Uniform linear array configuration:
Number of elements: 12
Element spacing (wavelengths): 0.75
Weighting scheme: hann
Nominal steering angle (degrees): -15
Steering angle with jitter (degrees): -16.489
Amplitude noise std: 0.05
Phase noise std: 0.05

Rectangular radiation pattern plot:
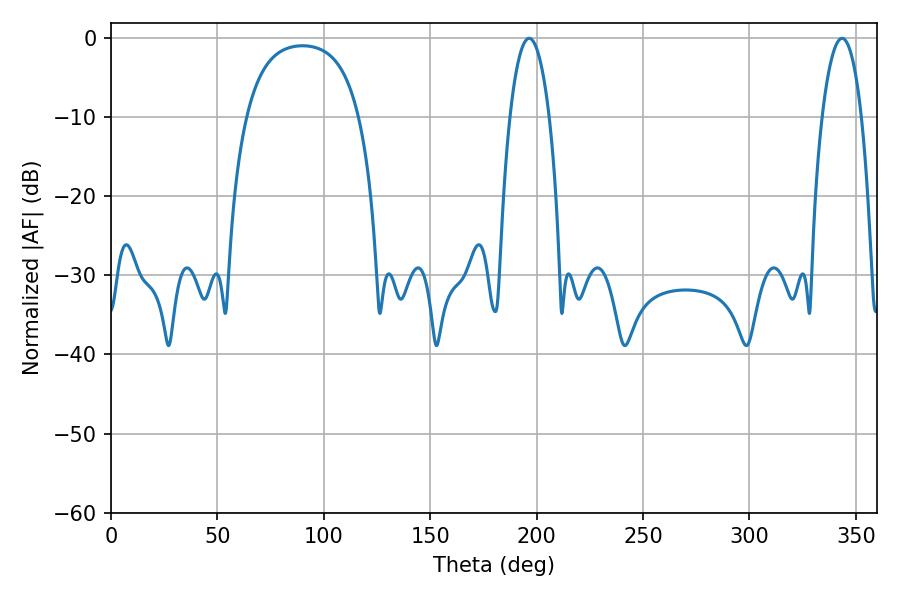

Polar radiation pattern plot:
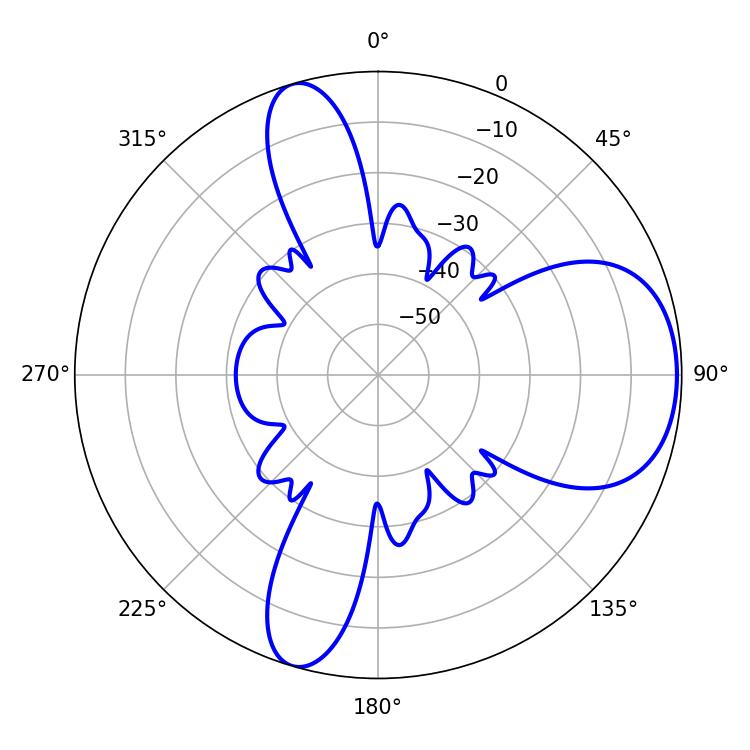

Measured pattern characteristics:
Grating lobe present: TRUE
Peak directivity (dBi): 7.17
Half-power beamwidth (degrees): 10.44
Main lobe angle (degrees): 196.56